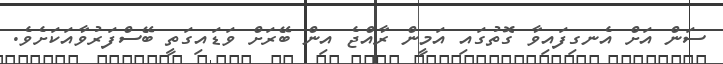
ސަން އަށް އެނގިފައިވާ ގޮތުގައި އަމީން ރާއްޖެ އިން ބޭރަށް ވަޑައިގަތީ ބޭސްފަރުވާއަކަށެވެ.